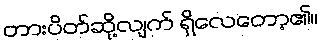
တားပိတ်ဆို့လျက် ရှိလေတော့၏။